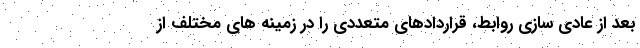
بعد از عادی سازی روابط، قراردادهای متعددی را در زمینه های مختلف از